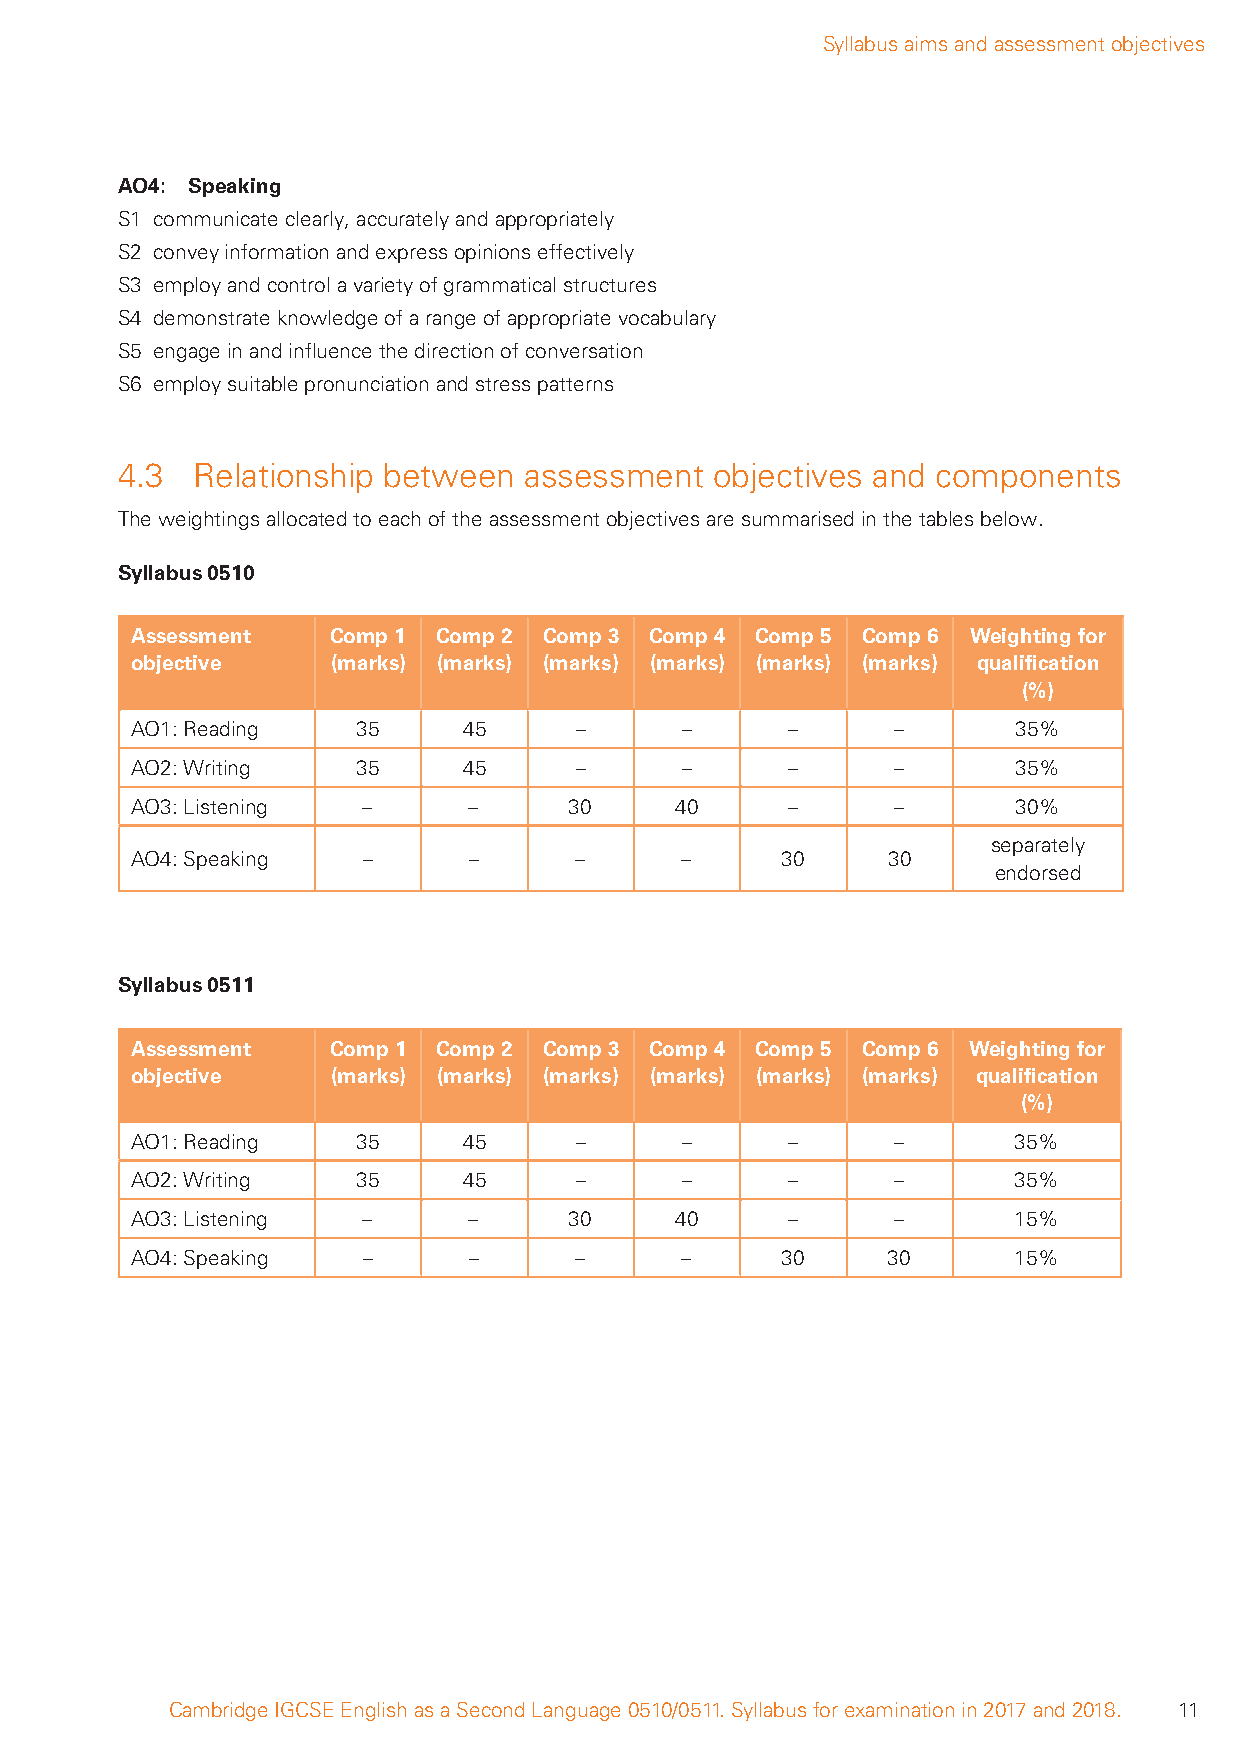
Syllabus aims and assessment objectives
 AO4: Speaking
 S1 communicate clearly, accurately and appropriately
 S2 convey information and express opinions effectively
 S3 employ and control a variety of grammatical structures
 S4 demonstrate knowledge of a range of appropriate vocabulary
 S5 engage in and infl uence the direction of conversation
 S6 employ suitable pronunciation and stress patterns
 4.3  Relationship between  assessment  objectives and components
 The weightings allocated to each of the assessment objectives are summarised in the tables below.
 Syllabus 0510
 Assessment   Comp 1 Comp 2 Comp 3 Comp 4 Comp 5 Comp 6 Weighting for
 objective    (marks) (marks) (marks) (marks) (marks) (marks) qualifi cation
 (%)
 AO1: Reading   35     45     –      –      –      –       35%
 AO2: Writing   35     45     –      –      –      –       35%
 AO3: Listening –      –      30     40     –      –       30%
 separately
 AO4: Speaking  –      –      –      –      30     30
 endorsed
 Syllabus 0511
 Assessment   Comp 1 Comp 2 Comp 3 Comp 4 Comp 5 Comp 6 Weighting for
 objective    (marks) (marks) (marks) (marks) (marks) (marks) qualifi cation
 (%)
 AO1: Reading   35     45     –      –      –      –       35%
 AO2: Writing   35     45     –      –      –      –       35%
 AO3: Listening –      –      30     40     –      –       15%
 AO4: Speaking  –      –      –      –      30     30      15%
 Cambridge IGCSE English as a Second Language 0510/0511. Syllabus for examination in 2017 and 2018. 11